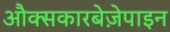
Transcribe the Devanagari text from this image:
औक्सकारबेज़ेपाइन